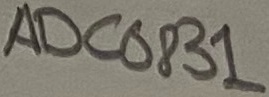
Text: ADC0831